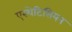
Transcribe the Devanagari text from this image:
एस्थेटिसियन